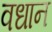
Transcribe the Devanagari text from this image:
वधान